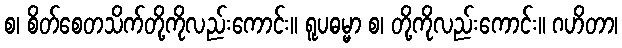
စ၊ စိတ်စေတသိက်တို့ကိုလည်းကောင်း။ ရူပဓမ္မာ စ၊ တို့ကိုလည်းကောင်း။ ဂဟိတာ၊